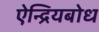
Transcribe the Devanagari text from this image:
ऐन्द्रियबोध